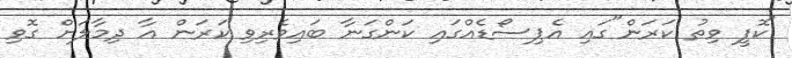
"ކޮފީ ވިތު ކަރަން"ގައި އެޕިސޯޑެއްގައި ކަންގަނާ ބައިވެރިވި ކަރަން އާ ދިމާލަށް ގޮވި